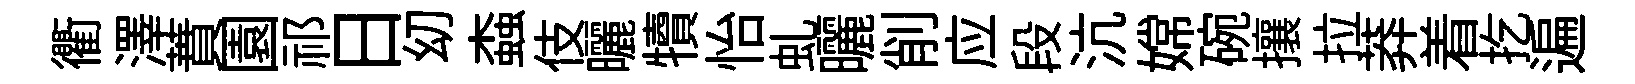
衢澤蕡園祁日㓜螙伎曬犢怡虬曬削应段沆嫦碗攘拉莽着扢遍